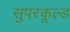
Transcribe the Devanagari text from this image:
सुपरकूल्ड